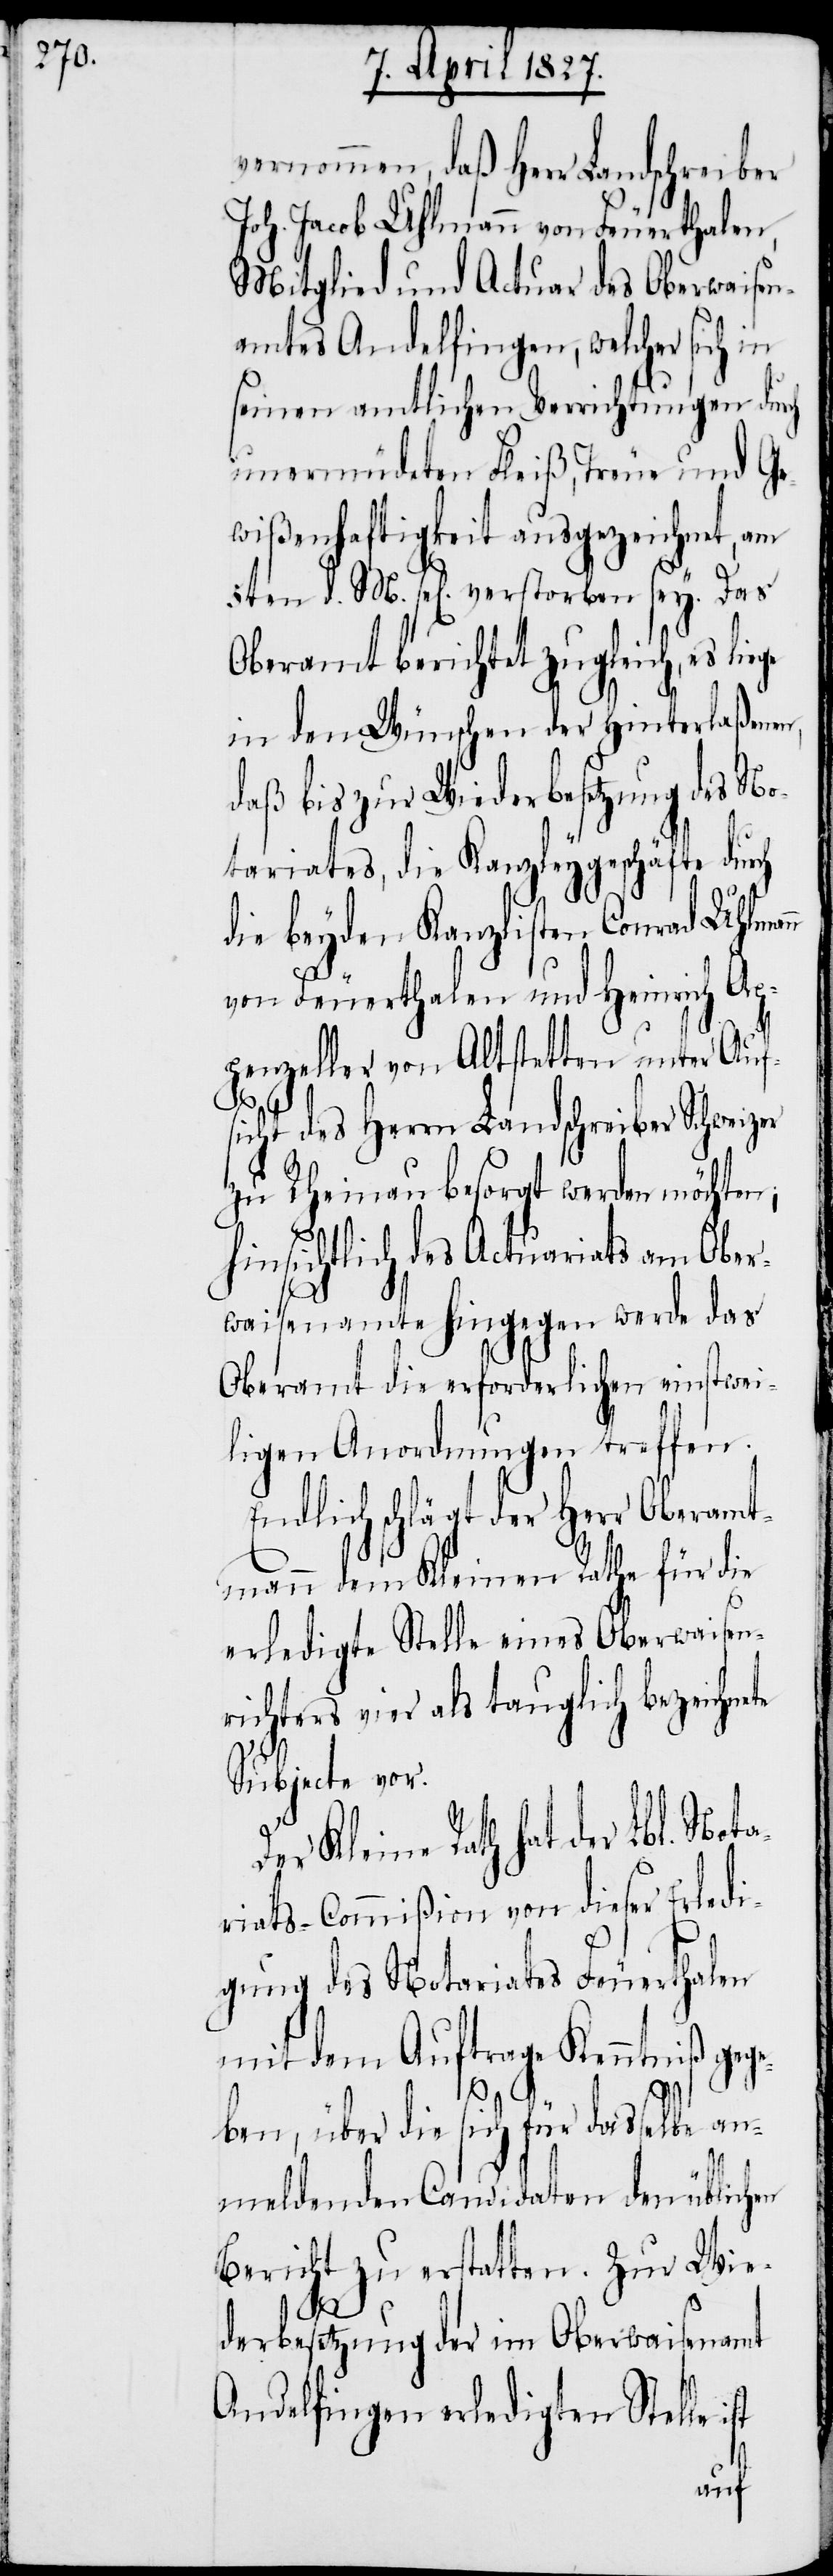
vernommen, daß Herr Landschreiber
Joh. Jacob Uhlmann von Feuerthalen,
Mitglied und Actuar des Oberwaisen¬
amtes Andelfingen, welcher sich
seinen amtlichen Verrichtungen durch
unermüdeten Fleiß, Treue und Ge¬
wißenhaftigkeit ausgezeichnet, am
5ten d. M. sel[ig] verstorben sey. Das
Oberamt berichtet zugleich, es lie¬
in den Wünschen der Hinterlaßenen,
daß bis zur Wiederbesetzung des No¬
tariates, die Kanzleygeschäfte durch
die beyden Kanzlisten Conrad Uhlman¬
te
von Feuerthalen und Heinrich Ap¬
penzeller von Altstetten unter Auf¬
sicht des Herrn Landschreiber Schweizer
zu Rheinau besorgt werden möchten,
hinsichtlich des Actuariats am Ober¬
waisenamte hingegen werde das
Oberamt die erforderlichen einstwei¬
ligen Anordnungen treffen.
Endlich schlägt der Herr Oberamt¬
mann dem Kleinen Rathe für die
erledigte Stelle eines Oberwaisen¬
richters vier als tauglich bezeichne¬
Subjecte vor.
Kleine Rath hat der Lbl. Nota¬
riats-Commißion von dieser Erledi¬
gung des Notariates Feuerthalen
mit dem Auftrage Kenntniß gege¬
ist
ben, über die sich für dasselbe a¬
nmeldenden Candidaten den üblichen
Bericht zu erstatten. Zur Wie¬
derbesetzung der im Oberwaisenamt
Andelfingen erledigten Stelle